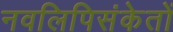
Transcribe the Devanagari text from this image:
नवलिपिसंकेतों